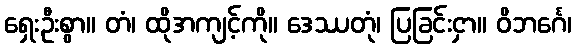
ရှေးဦးစွာ။ တံ၊ ထိုအကျင့်ကို။ ဒေဿတုံ၊ ပြခြင်းငှာ။ ဝိဘင်္ဂေ၊